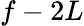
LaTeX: f-2L